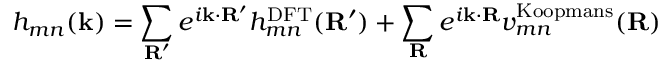
h _ { m n } ( \mathbf { k } ) = \sum _ { \mathbf { R } ^ { \prime } } e ^ { i \mathbf { k } \cdot \mathbf { R } ^ { \prime } } h _ { m n } ^ { \mathrm { D F T } } ( \mathbf { R ^ { \prime } } ) + \sum _ { \mathbf { R } } e ^ { i \mathbf { k } \cdot \mathbf { R } } v _ { m n } ^ { \mathrm { K o o p m a n s } } ( \mathbf { R } )